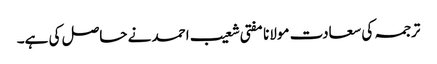
ترجمہ کی سعادت مولانا مفتی شعیب احمد نے حاصل کی ہے۔